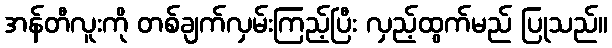
အန်တီလူးကို တစ်ချက်လှမ်းကြည့်ပြီး လှည့်ထွက်မည် ပြုသည်။